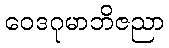
ဝေဒဂုမာဘိဇညာ